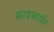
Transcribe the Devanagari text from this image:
फ्राइब्यर्गर